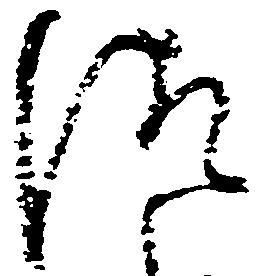
徒